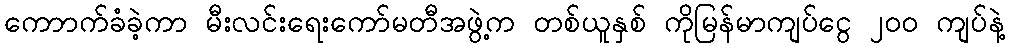
ကောာက်ခံခဲ့ကာ မီးလင်းရေးကော်မတီအဖွဲ့က တစ်ယူနှစ် ကိုမြန်မာကျပ်ငွေ ၂၀၀ ကျပ်နဲ့